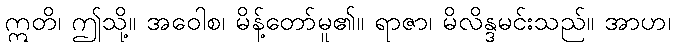
ဣတိ၊ ဤသို့။ အဝေါစ၊ မိန့်တော်မူ၏။ ရာဇာ၊ မိလိန္ဒမင်းသည်။ အာဟ၊